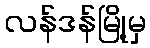
လန်ဒန်မြို့မှ